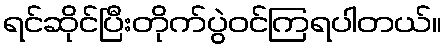
ရင်ဆိုင်ပြီးတိုက်ပွဲဝင်ကြရပါတယ်။